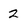
Character: 2